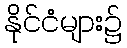
နိုင်ငံများ၌